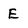
Character: E